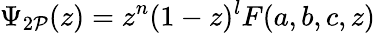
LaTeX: \Psi_{2\mathcal{P}}(z)=z^{n}(1-z)^{l}F(a,b,c,z)